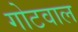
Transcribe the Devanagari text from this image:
गोटवाल